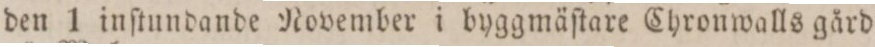
den 1 inſtundande November i byggmäſtare Chronwalls gård